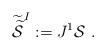
LaTeX: \begin{align*}\widetilde{\widetilde{\cal S}}^I := J^1{\cal S} \ .\end{align*}